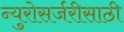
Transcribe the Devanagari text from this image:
न्युरोसर्जरीसाठी